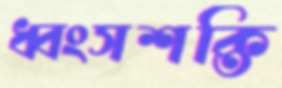
ধ্বংসশক্তি